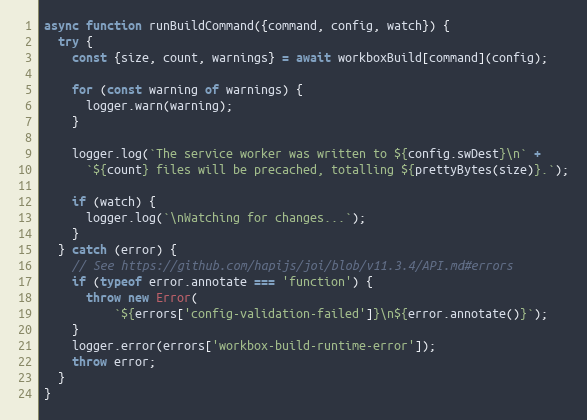
Language: JavaScript
async function runBuildCommand({command, config, watch}) {
  try {
    const {size, count, warnings} = await workboxBuild[command](config);

    for (const warning of warnings) {
      logger.warn(warning);
    }

    logger.log(`The service worker was written to ${config.swDest}\n` +
      `${count} files will be precached, totalling ${prettyBytes(size)}.`);

    if (watch) {
      logger.log(`\nWatching for changes...`);
    }
  } catch (error) {
    // See https://github.com/hapijs/joi/blob/v11.3.4/API.md#errors
    if (typeof error.annotate === 'function') {
      throw new Error(
          `${errors['config-validation-failed']}\n${error.annotate()}`);
    }
    logger.error(errors['workbox-build-runtime-error']);
    throw error;
  }
}